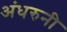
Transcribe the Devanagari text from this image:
अंधरुनी